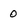
Character: 0